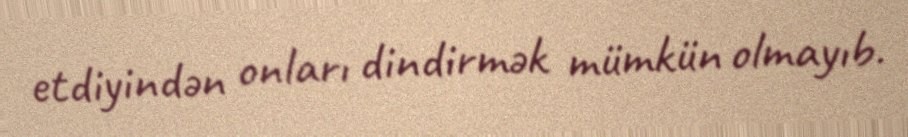
etdiyindən onları dindirmək mümkün olmayıb.